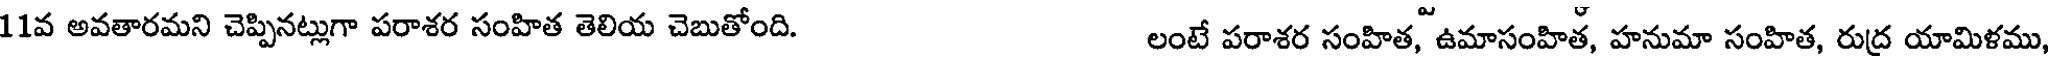
11వ అవతారమని చెప్పినట్లుగా పరాశర సంహిత తెలియ చెబుతోంది. లంటే పరాశర సంహిత, ఉమాసంహిత, హనుమా సంహిత, రుద యామిళము,